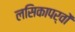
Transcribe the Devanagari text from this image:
लसिकापर्वों